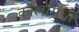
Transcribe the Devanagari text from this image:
कोलामची